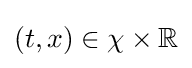
(t,x)\in \chi \times \mathbb {R}